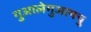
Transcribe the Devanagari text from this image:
गुआलेगुआयचु